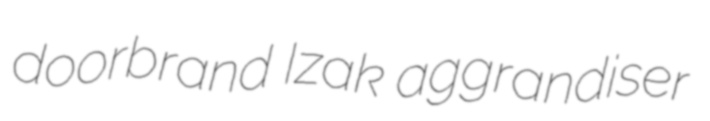
doorbrand Izak aggrandiser